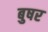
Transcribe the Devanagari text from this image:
बुषर